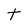
Character: t